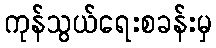
ကုန်သွယ်ရေးစခန်းမှ